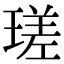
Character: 瑳